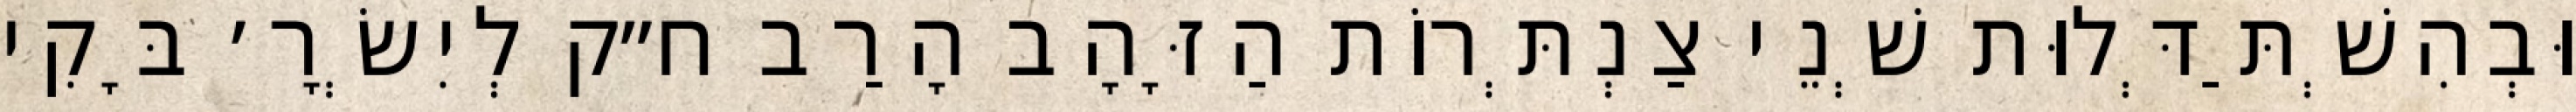
וּבְהִשְׁתַּדְּלוּת שְׁנֵי צַנְתְּרוֹת הַזָּהָב הָרַב ח״ק לְיִשְׂרָ׳ בָּקִי